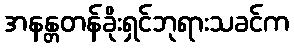
အနန္တတန်ခိုးရှင်ဘုရားသခင်က